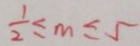
\frac { 1 } { 2 } \leq m \leq 5